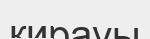
қирауы